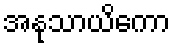
အနုသာယိကော